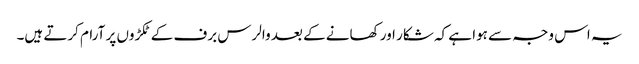
یہ اس وجہ سے ہوا ہے کہ شکار اور کھانے کے بعد والرس برف کے ٹکڑوں پر آرام کرتے ہیں۔